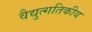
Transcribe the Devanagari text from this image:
वैद्युत्गतिकीय